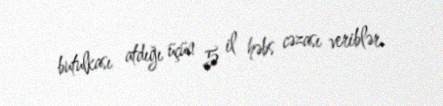
butulkası atdığı üçün 5 il həbs cəzası veriblər.